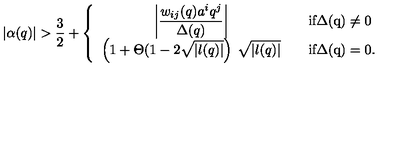
| \alpha ( q ) | > \frac { 3 } { 2 } + \left\{ \begin{array} { c c l } { \displaystyle \left| \frac { w _ { i j } ( q ) a ^ { i } q ^ { j } } { \Delta ( q ) } \right| } & { } & { { \mathrm { i f \Delta ( q ) \neq 0 } } } \\ { \displaystyle \left( 1 + \Theta ( 1 - 2 \sqrt { | l ( q ) | } \right) \: \sqrt { | l ( q ) | } } & { } & { { \mathrm { i f \Delta ( q ) = 0 } } . } \\ \end{array} \right.